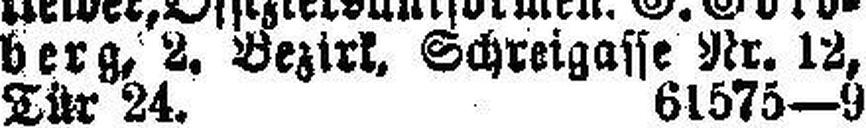
berg, 2. Bezirk, Schreigasse Nr. 12,